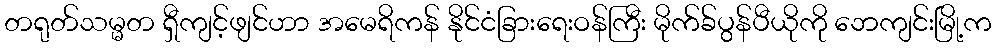
တရုတ်သမ္မတ ရှီကျင့်ဖျင်ဟာ အမေရိကန် နိုင်ငံခြားရေးဝန်ကြီး မိုက်ခ်ပွန်ပီယိုကို ဘေကျင်းမြို့က